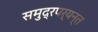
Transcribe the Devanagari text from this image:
समुद्रपर्यन्त